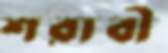
শরাবী